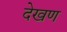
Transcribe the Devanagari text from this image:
देखण